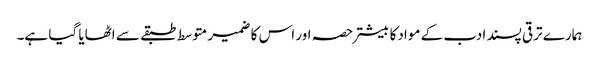
ہمارے ترقی پسند ادب کے موادکا بیشتر حصہ اور اس کا ضمیر متوسط طبقے سے اٹھایا گیا ہے۔